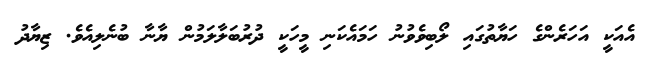
އެއަކީ އަހަރެންގެ ހަޔާތުގައި ލޯބިވެވުނު ހަމައެކަނި މީހަކީ ދުރުބަލާލަމުން ޔާނާ ބުނެލިއެވެ. ޒިޔާދު